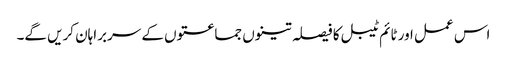
اس عمل اور ٹائم ٹیبل کا فیصلہ تینوں جماعتوں کے سربراہان کریں گے۔